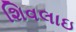
શિવલાઇ